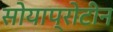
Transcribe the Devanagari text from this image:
सोयाप्रोटीन